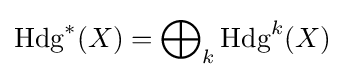
\operatorname {Hdg} ^{*}(X)=\bigoplus \nolimits _{k}\operatorname {Hdg} ^{k}(X)